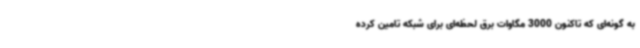
به گونه‌ای که تاکنون 3000 مگاوات برق لحظه‌ای برای شبکه تامین کرده